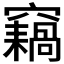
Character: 𥨸